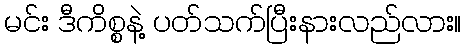
မင်း ဒီကိစ္စနဲ့ ပတ်သက်ပြီးနားလည်လား။